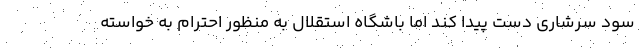
سود سرشاری دست پیدا کند اما باشگاه استقلال به منظور احترام به خواسته